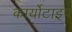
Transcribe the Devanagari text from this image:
कार्योटाइप